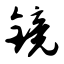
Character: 镜